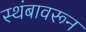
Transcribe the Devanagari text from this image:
स्थंबावरून